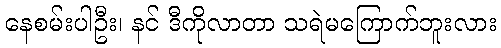
နေစမ်းပါဦး၊ နင် ဒီကိုလာတာ သရဲမကြောက်ဘူးလား